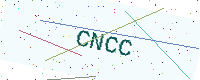
Text: CNCC